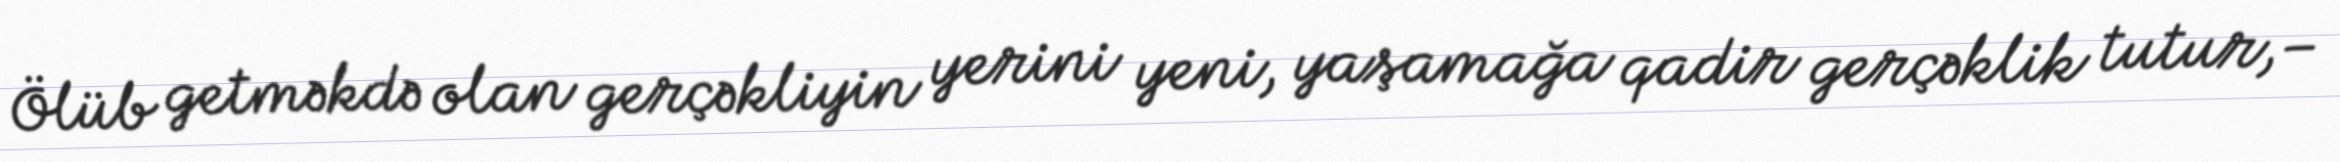
Ölüb getməkdə olan gerçəkliyin yerini yeni, yaşamağa qadir gerçəklik tutur,–